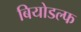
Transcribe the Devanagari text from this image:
बियोडल्फ